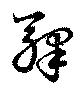
駅